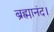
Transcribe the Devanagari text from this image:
ब्रह्मानंद।